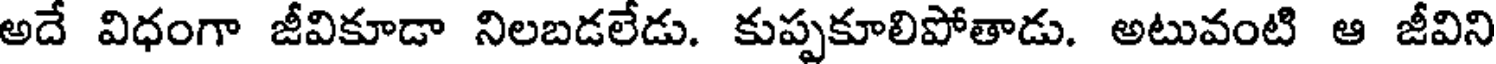
అదే విధంగా జీవికూడా నిలబడలేడు. కుప్పకూలిపోతాడు. అటువంటి ఆ జీవిని